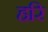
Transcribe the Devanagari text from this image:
हरि